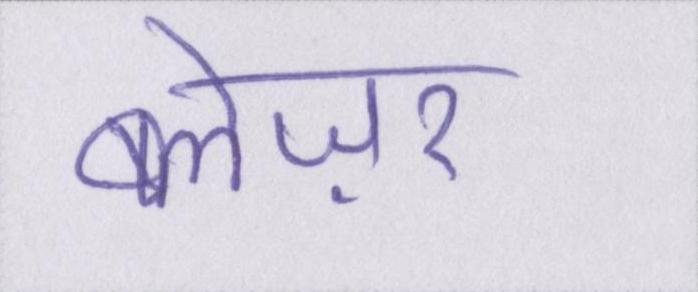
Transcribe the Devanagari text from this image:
ब्लेज़र